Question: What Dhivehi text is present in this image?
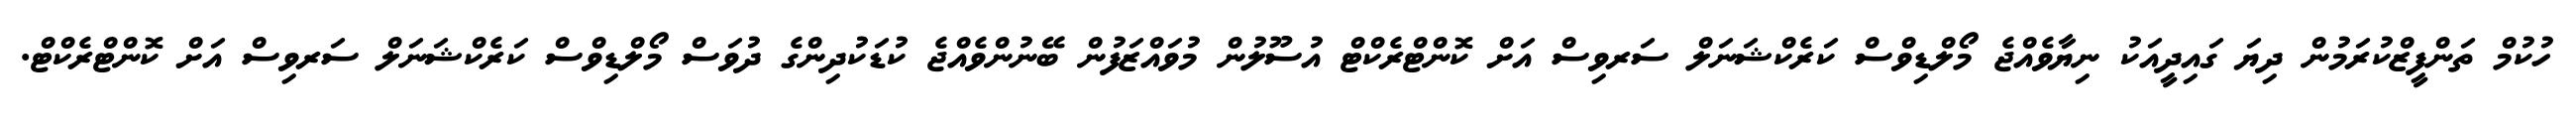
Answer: ހުކުމް ތަންފީޒްކުރަމުން ދިޔަ ގައިދީއަކު ނިޔާވެއްޖެ މޯލްޑިވްސް ކަރެކްޝަނަލް ސަރވިސް އަށް ކޮންޓްރެކްޓް އުސޫލުން މުވައްޒަފުން ބޭނުންވެއްޖެ ކުޑަކުދިންގެ ދުވަސް މޯލްޑިވްސް ކަރެކްޝަނަލް ސަރވިސް އަށް ކޮންޓްރެކްޓް.